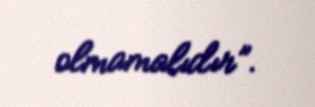
olmamalıdır”.